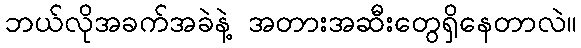
ဘယ်လိုအခက်အခဲနဲ့ အတားအဆီးတွေရှိနေတာလဲ။